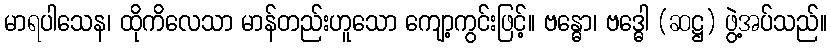
မာရပါသေန၊ ထိုကိလေသာ မာန်တည်းဟူသော ကျော့ကွင်းဖြင့်။ ဗန္ဓော၊ ဗဒ္ဓေါ (ဆဋ္ဌ) ဖွဲ့အပ်သည်။